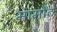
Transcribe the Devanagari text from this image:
मार्मोंट